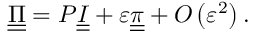
\underline { { \underline { { \Pi } } } } = P \underline { { \underline { { I } } } } + \varepsilon \underline { { \underline { { \pi } } } } + O \left( \varepsilon ^ { 2 } \right) .